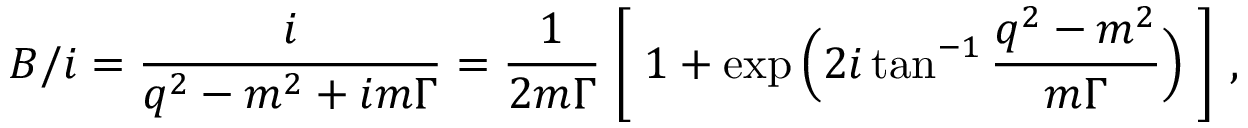
{ \cal B } / i = \frac { i } { q ^ { 2 } - m ^ { 2 } + i m \Gamma } = \frac { 1 } { 2 m \Gamma } \Biggm [ 1 + \exp \Big ( 2 i \tan ^ { - 1 } \frac { q ^ { 2 } - m ^ { 2 } } { m \Gamma } \Big ) \Biggm ] \ ,